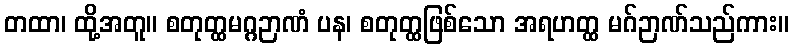
တထာ၊ ထို့အတူ။ စတုတ္ထမဂ္ဂဉာဏံ ပန၊ စတုတ္ထဖြစ်သော အရဟတ္ထ မဂ်ဉာဏ်သည်ကား။